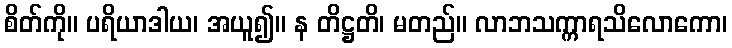
စိတ်ကို။ ပရိယာဒါယ၊ အယူ၍။ န တိဋ္ဌတိ၊ မတည်။ လာဘသက္ကာရသိလောကော၊